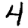
Digit: 4